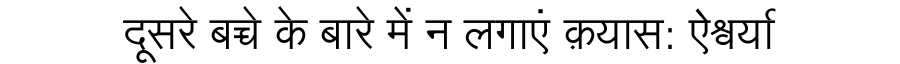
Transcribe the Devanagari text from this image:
दूसरे बच्चे के बारे में न लगाएं क़यास: ऐश्वर्या